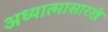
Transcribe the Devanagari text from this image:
अध्यात्मासारखे